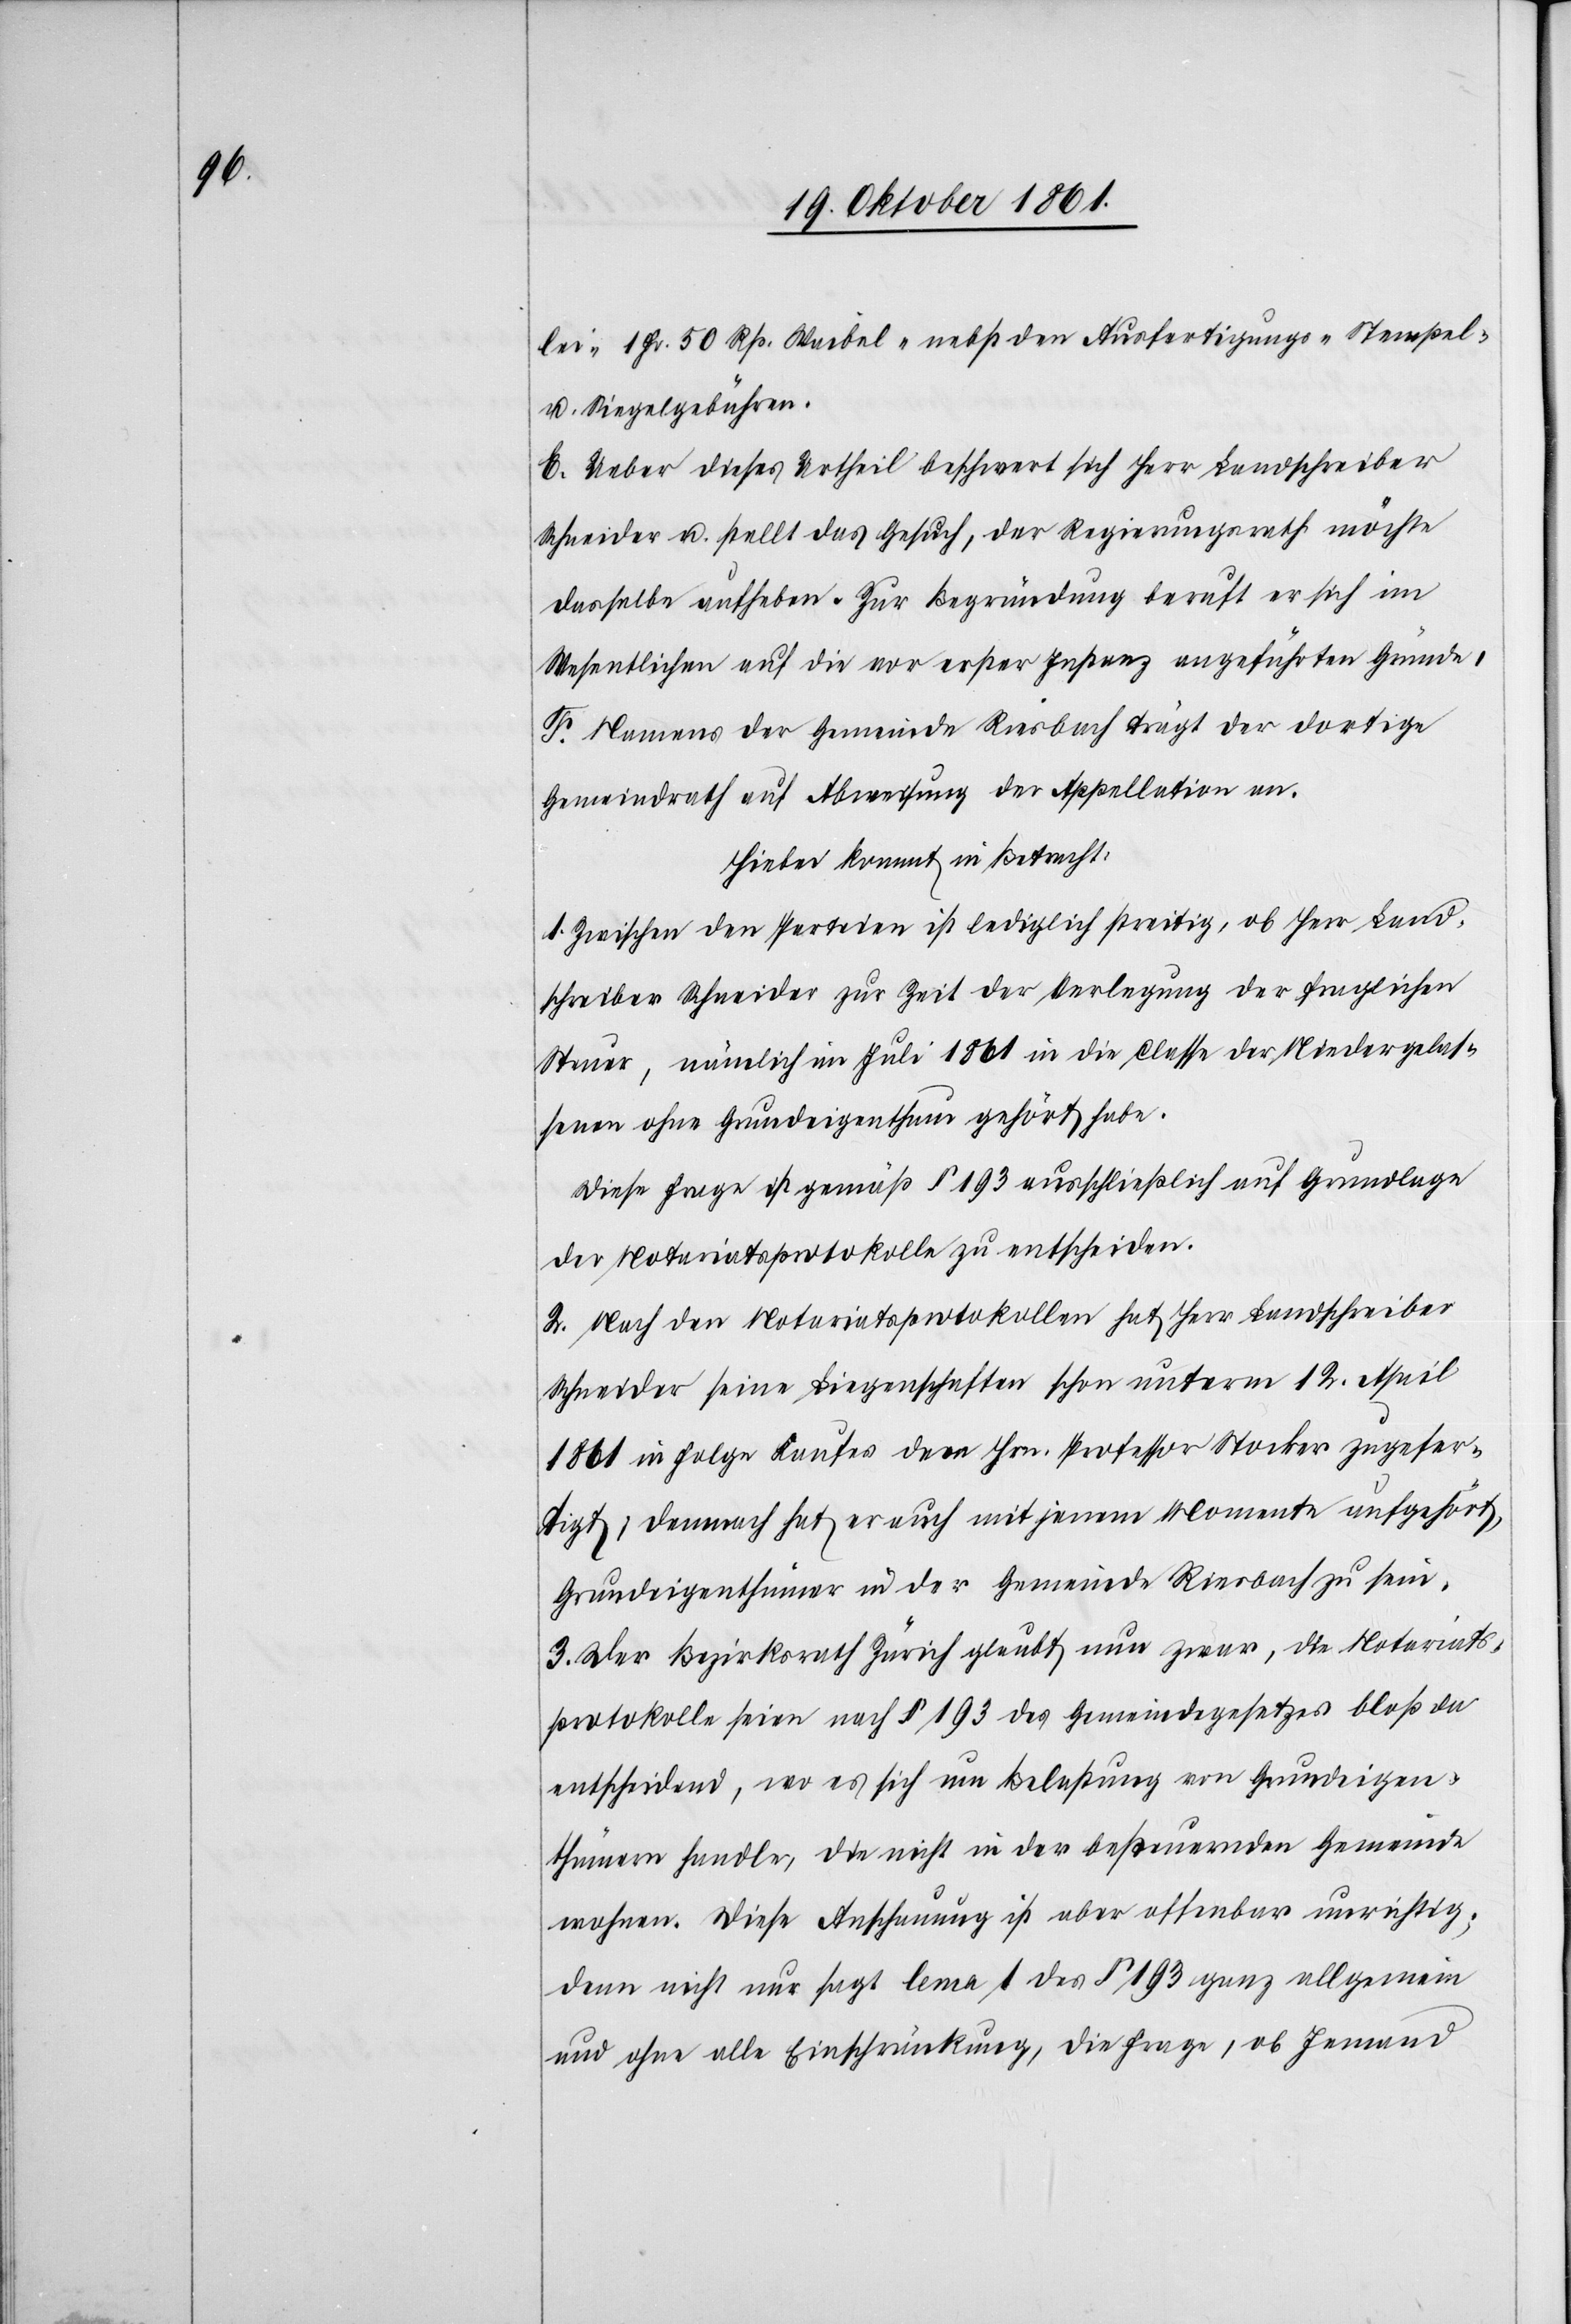
lei-[,] 1 Fr. 50 Rp. Waibel-[,] nebst den Ausfertigungs-[,] Stempel-
u. Siegelgebühren.
E. Ueber dieses Urtheil beschwert sich Herr Landschreiber
Schneider u. stellt das Gesuch, der Regierungsrath möchte
dasselbe aufheben. Zur Begründung beruft er sich im
Wesentlichen auf die vor erster Instanz angeführten Gründe.
F. Namens der Gemeinde Riesbach trägt der dortige
Gemeindrath auf Abweisung der Appellation an.
Hiebei kommt in Betracht:
1. Zwischen den Parteien ist lediglich streitig, ob Herr Land¬
schreiber Schneider zur Zeit der Verlegung der fraglichen
Steuer, nämlich im Juni 1861 in die Classe der Niedergelas¬
senen ohne Grundeigenthum gehört habe.
Diese Frage ist gemäß § 193 ausschließlich auf Grundlage
der Notariatsprotokolle zu entscheiden.
2. Nach den Notariatsprotokollen hat Herr Landschreiber
Schneider seine Liegenschaften schon unterm 12 April
1861 in Folge Kaufes dem Hrn. Professor Stocker zugefer¬
tigt; demnach hat er auch mit jenem Momente aufgehört,
Grundeigenthümer in der Gemeinde Riesbach zu sein.
3. Der Bezirksrath Zürich glaubt nun zwar, die Notariats¬
protokolle seien nach § 193 des Gemeindegesetzes bloß da
entscheidend, wo es sich um Belastung von Grundeigen¬
thümern handle, die nicht in der besteuernden Gemeinde
wohnen. Diese Anschauung ist aber offenbar unrichtig;
denn nicht nur sagt lema [sic!] 1 des § 193 ganz allgemein
und ohne alle Einschränkung, die Frage, ob Jemand